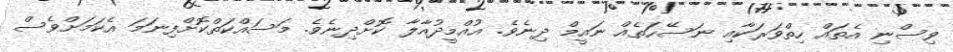
ވިސްނި އެތައް ހިތްވަރަކާއި ނަސޭހަތެއް ނައީމް ދިނެވެ. އުއްމީދުއާލާ ކޮށްދިނެވެ. މަސައްކަތްކޮށްފިނަމަ އެކަމަށްވެސް